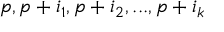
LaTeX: p , p + i _ { 1 } , p + i _ { 2 } , . . . , p + i _ { k }